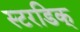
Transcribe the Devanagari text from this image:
स्टरडिक्